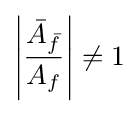
\left|{\frac {{\bar {A}}_{\bar {f}}}{A_{f}}}\right|\neq 1